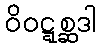
ဝိဝဋ္ဋစ္ဆဒါ